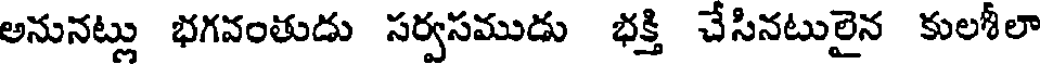
అనునట్లు భగవంతుడు సర్వసముడు భక్తి చేసినటులైన కులశీలా